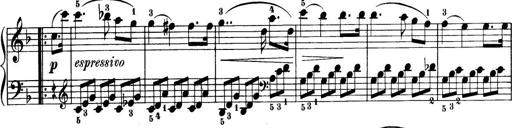
Title: 32 Sonatinas and Rondos for the Piano
Composer: Richard Kleinmichel